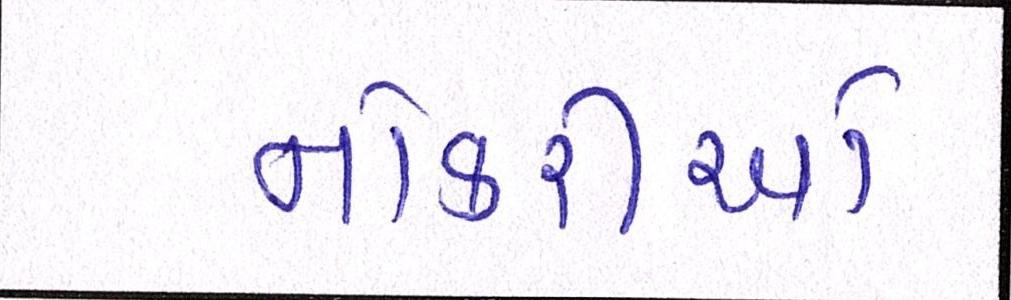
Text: નોકરીઓ